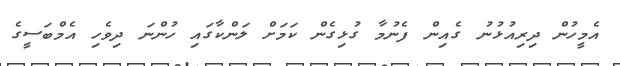
އެމީހުން ދިރިއުޅުނު ގެއިން ފެނުމާ ގުޅިގެން ކަމަށް ލަންކާގައި ހުންނަ ދިވެހި އެމްބަސީގެ